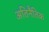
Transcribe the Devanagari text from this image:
अतिनैतिक